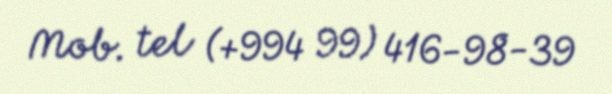
Mob. tel (+994 99) 416-98-39